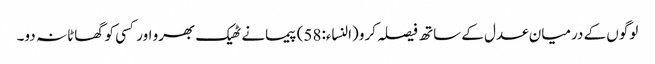
لوگوں کے درمیان عدل کے ساتھ فیصلہ کرو (النساء:58) پیمانے ٹھیک بھرو اور کسی کو گھاٹا نہ دو۔